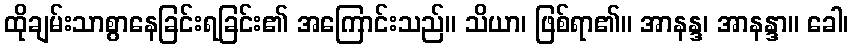
ထိုချမ်းသာစွာနေခြင်းရခြင်း၏ အကြောင်းသည်။ သိယာ၊ ဖြစ်ရာ၏။ အာနန္ဒ၊ အာနန္ဒာ။ ခေါ၊